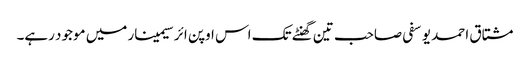
مشتاق احمد یوسفی صاحب تین گھنٹے تک اس اوپن ائر سیمینار میں موجود رہے۔